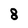
Character: 8